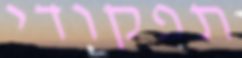
תפקודי